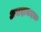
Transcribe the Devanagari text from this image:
अमदावादला